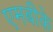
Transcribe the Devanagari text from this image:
एमबीके